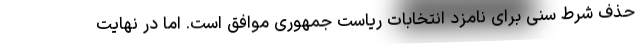
حذف شرط سنی برای نامزد انتخابات ریاست جمهوری موافق است. اما در نهایت